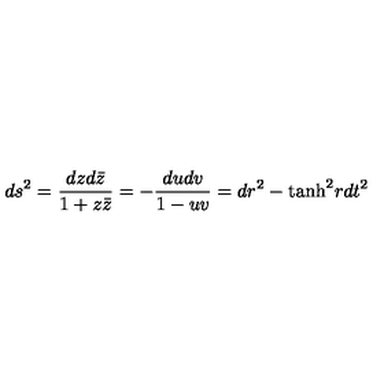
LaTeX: d s ^ { 2 } = { \frac { d z d { \bar { z } } } { 1 + z { \bar { z } } } } = - { \frac { d u d v } { 1 - u v } } = d r ^ { 2 } - \mathrm { t a n h } ^ { 2 } r d t ^ { 2 }